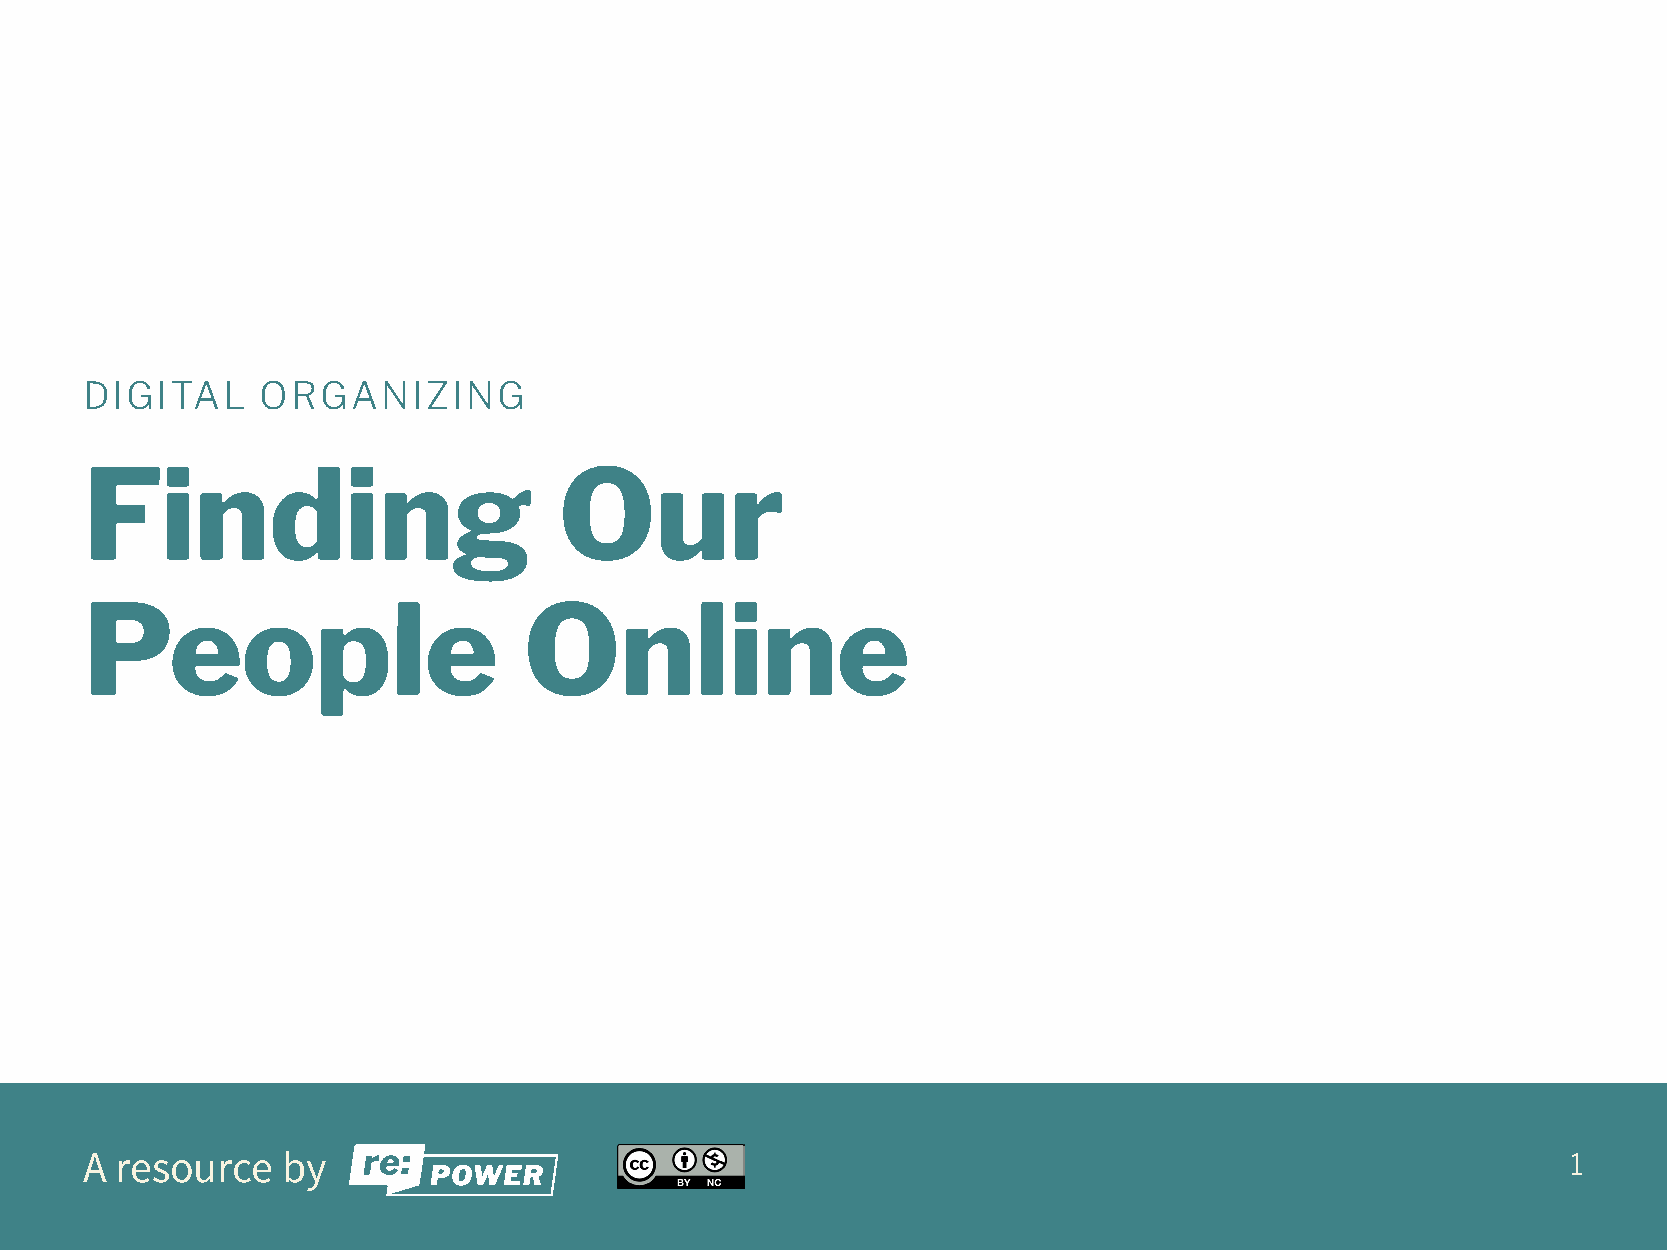
DIGITAL    ORGANIZING
 Finding                        Our
 People                       Online
 A resource   by                                                                                   1